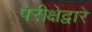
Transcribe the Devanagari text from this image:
परीक्षेद्वारे